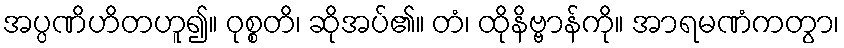
အပ္ပဏိဟိတဟူ၍။ ဝုစ္စတိ၊ ဆိုအပ်၏။ တံ၊ ထိုနိဗ္ဗာန်ကို။ အာရမဏံကတွာ၊